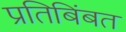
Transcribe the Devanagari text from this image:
प्रतिबिंबत